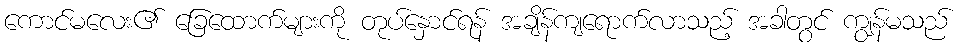
ကောင်မလေး၏ ခြေထောက်များကို တုပ်နှောင်ရန် အချိန်ကျရောက်လာသည့် အခါတွင် ကျွန်မသည်